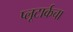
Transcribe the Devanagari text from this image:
प्लूटार्कचा